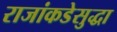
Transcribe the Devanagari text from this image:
राजांकडेसुद्धा